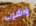
واشرب